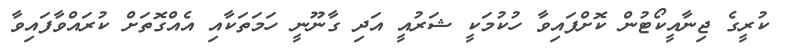
ކުރީގެ ޖިނާއީކޯޓުން ކޮށްފައިވާ ހުކުމަކީ ޝަރުއީ އަދި ގާނޫނީ ހަމަތަކާއި އެއްގޮތަށް ކުރައްވާފައިވާ